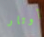
أوتار